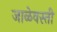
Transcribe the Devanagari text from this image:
जाळेवस्ती